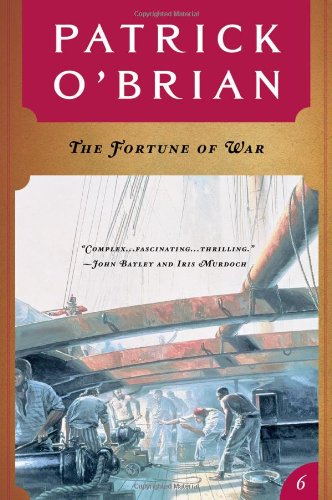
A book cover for The Fortune of War (Vol. Book 6)  (Aubrey/Maturin Novels); Patrick O'Brian; Literature & Fiction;